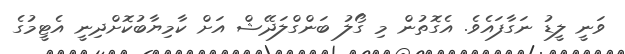
ވަނީ ލީޑު ނަގާފައެވެ. އެގޮތުން މި ގޯލު ބަންގްލަދޭޝް އަށް ކާމިޔާބުކޮށްދިނީ އެޓީމުގެ